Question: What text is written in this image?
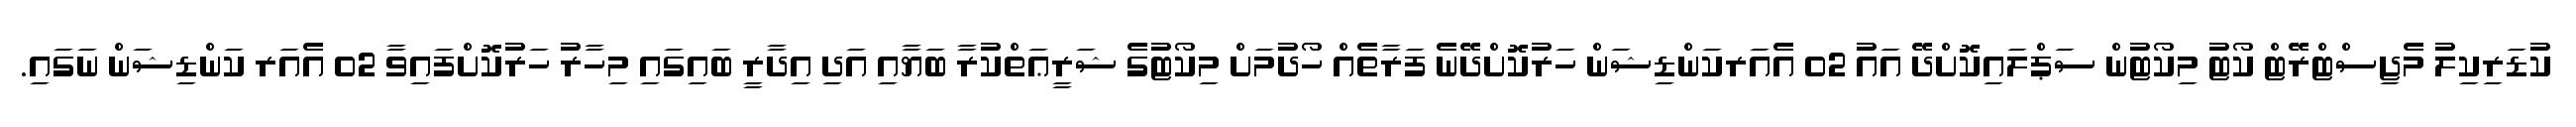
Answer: ކުޑަރިކިލު މެޖިސްޓްރޭޓް ކޯޓު މިކޯޓުން ސަޕްލައިކޮށްދޭ އައު 02 އެއަރކަންޑިޝަން ހަރުކޮށްދޭނެ ފަރާތެއް ހޯދުމަށް މިކޯޓުގެ ޝަރީޢަތްކުރާ ބަޔާއި އަދި އިދާރީ ބައިގައި މިހާރު ހަރުކޮށްފައިވާ 02 އެއަރ ކަންޑިޝަން ނަގައި.